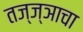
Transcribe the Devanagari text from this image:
तज्‍ज्ञाचा